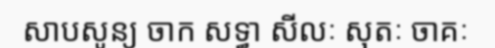
សាបសូន្យ ចាក សទ្ធា សីលៈ សុតៈ ចាគៈ